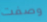
وصفت